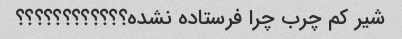
شیر کم چرب چرا فرستاده نشده؟؟؟؟؟؟؟؟؟؟؟؟